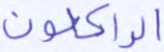
الراكعون